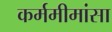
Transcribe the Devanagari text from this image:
कर्ममीमांसा